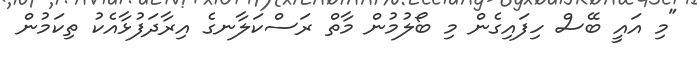
"މި އައީ ބޭސް ހިފައިގެން މި ބޯލުމުން މާތް ރަސްކަލާނގެ އިރާދަފުޅާއެކު ތިކަމުން